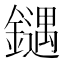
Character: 𰽍